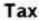
TAX